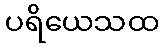
ပရိယေသထ